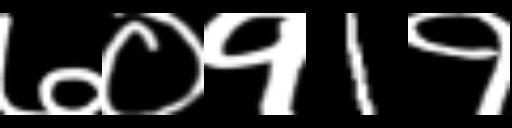
Text: ७०१1१